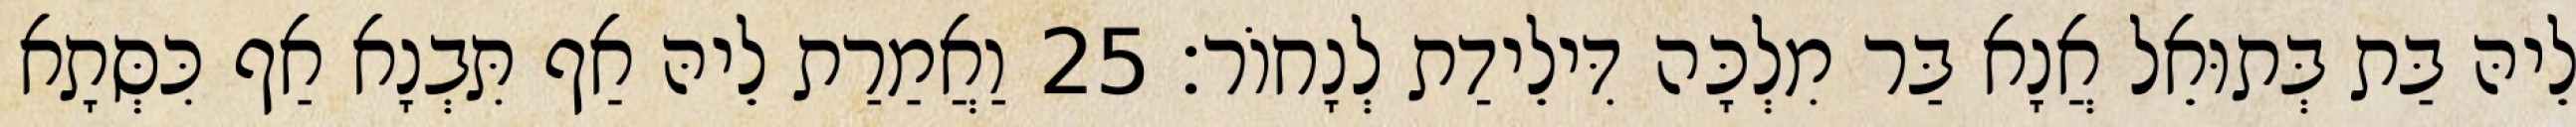
לֵיהּ בַּת בְּתוּאֵל אֲנָא בַּר מִלְכָּה דִּילֵידַת לְנָחוֹר׃ 25 וַאֲמַרַת לֵיהּ אַף תִּבְנָא אַף כִּסְּתָא